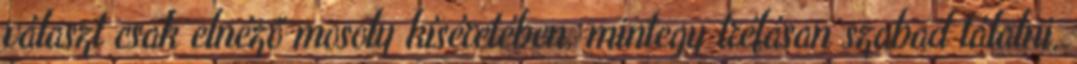
választ csak elnéző mosoly kíséretében, mintegy tréfásan szabad tálalni,